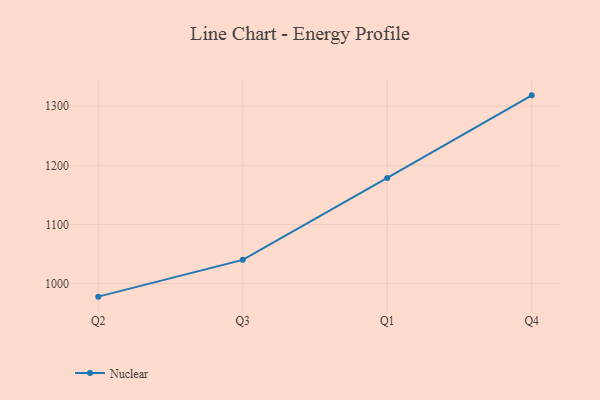
{"axis": {"x": "Quarter", "y": "Budget (USD K)"}, "legend": ["Nuclear"], "data": [{"x": "Q2", "y": 977.9, "type": "Nuclear"}, {"x": "Q3", "y": 1040.1, "type": "Nuclear"}, {"x": "Q1", "y": 1178.6, "type": "Nuclear"}, {"x": "Q4", "y": 1318.3, "type": "Nuclear"}]}